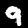
Label: 9